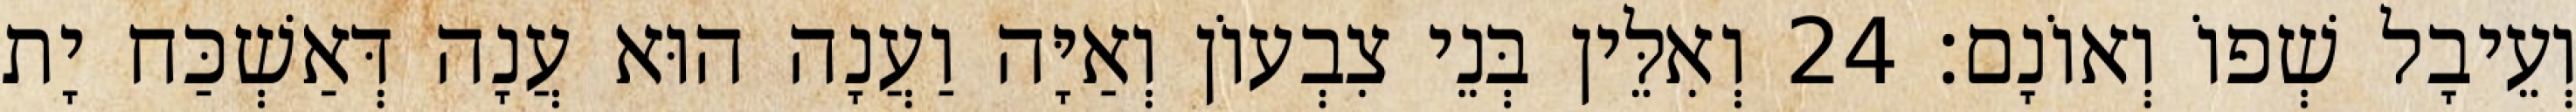
וְעֵיבָל שְׁפוֹ וְאוֹנָם׃ 24 וְאִלֵּין בְּנֵי צִבְעוֹן וְאַיָּה וַעֲנָה הוּא עֲנָה דְּאַשְׁכַּח יָת